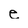
Character: e